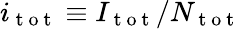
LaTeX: i_{\mathrm{~t~o~t~}}\equiv I_{\mathrm{~t~o~t~}}/N_{\mathrm{~t~o~t~}}